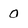
Character: 0